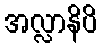
အလ္လာနိပိ